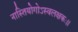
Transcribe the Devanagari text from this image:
नास्तियोगोऽस्वलक्षकः।।